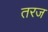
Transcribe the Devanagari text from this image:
तरज